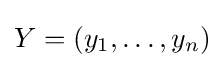
Y=(y_{1},\dots ,y_{n})